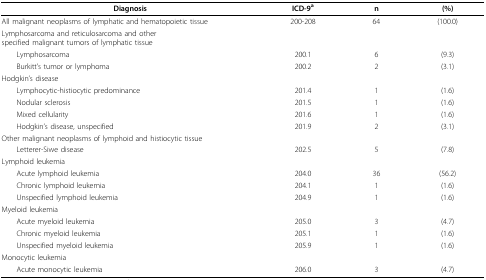
<table><thead><tr><td><b>Diagnosis</b></td><td><b>ICD-9<sup>a</sup></b></td><td><b>n</b></td><td><b>(%)</b></td></tr></thead><tbody><tr><td>All malignant neoplasms of lymphatic and hematopoietic tissue</td><td>200-208</td><td>64</td><td>(100.0)</td></tr><tr><td>Lymphosarcoma and reticulosarcoma and otherspecified malignant tumors of lymphatic tissue</td><td></td><td></td><td></td></tr><tr><td> Lymphosarcoma</td><td>200.1</td><td>6</td><td>(9.3)</td></tr><tr><td> Burkitt&#x27;s tumor or lymphoma</td><td>200.2</td><td>2</td><td>(3.1)</td></tr><tr><td>Hodgkin&#x27;s disease</td><td></td><td></td><td></td></tr><tr><td> Lymphocytic-histiocytic predominance</td><td>201.4</td><td>1</td><td>(1.6)</td></tr><tr><td> Nodular sclerosis</td><td>201.5</td><td>1</td><td>(1.6)</td></tr><tr><td> Mixed cellularity</td><td>201.6</td><td>1</td><td>(1.6)</td></tr><tr><td> Hodgkin&#x27;s disease, unspecified</td><td>201.9</td><td>2</td><td>(3.1)</td></tr><tr><td>Other malignant neoplasms of lymphoid and histiocytic tissue</td><td></td><td></td><td></td></tr><tr><td> Letterer-Siwe disease</td><td>202.5</td><td>5</td><td>(7.8)</td></tr><tr><td>Lymphoid leukemia</td><td></td><td></td><td></td></tr><tr><td> Acute lymphoid leukemia</td><td>204.0</td><td>36</td><td>(56.2)</td></tr><tr><td> Chronic lymphoid leukemia</td><td>204.1</td><td>1</td><td>(1.6)</td></tr><tr><td> Unspecified lymphoid leukemia</td><td>204.9</td><td>1</td><td>(1.6)</td></tr><tr><td>Myeloid leukemia</td><td></td><td></td><td></td></tr><tr><td> Acute myeloid leukemia</td><td>205.0</td><td>3</td><td>(4.7)</td></tr><tr><td> Chronic myeloid leukemia</td><td>205.1</td><td>1</td><td>(1.6)</td></tr><tr><td> Unspecified myeloid leukemia</td><td>205.9</td><td>1</td><td>(1.6)</td></tr><tr><td>Monocytic leukemia</td><td></td><td></td><td></td></tr><tr><td> Acute monocytic leukemia</td><td>206.0</td><td>3</td><td>(4.7)</td></tr></tbody></table>